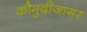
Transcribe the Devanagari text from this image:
कौमुदीजागर